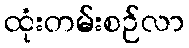
ထုံးတမ်းစဉ်လာ